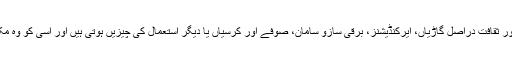
ان لوگوں کے نزدیک کلچر اور ثقافت دراصل گاڑیاں، ایرکنڈیشنز، برقی سازو سامان، صوفے اور کرسیاں یا دیگر استعمال کی چیزیں ہوتی ہیں اور اسی کو وہ مکمل کلچر تصور کرلیتے ہیں۔